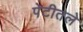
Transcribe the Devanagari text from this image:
पेटीतले